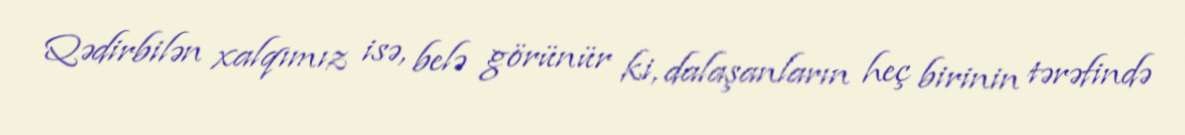
Qədirbilən xalqımız isə, belə görünür ki, dalaşanların heç birinin tərəfində